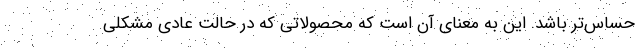
حساس‌تر باشد. این به معنای آن است که محصولاتی که در حالت عادی مشکلی